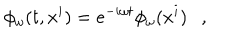
\phi _ { \omega } ( t , x ^ { i } ) = e ^ { - i \omega t } \phi _ { \omega } ( x ^ { i } ) ,